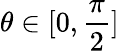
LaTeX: \theta\in[0,\frac{\pi}{2}]